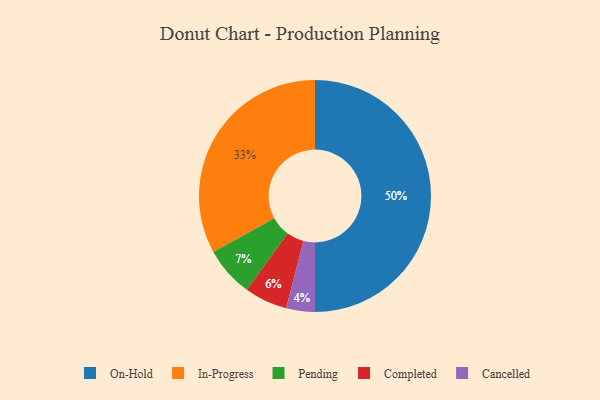
{"axis": {"x": "Category", "y": "Percentage"}, "legend": ["Cancelled", "Completed", "In-Progress", "On-Hold", "Pending"], "data": [{"x": "In-Progress", "y": 33, "type": "In-Progress"}, {"x": "Completed", "y": 6, "type": "Completed"}, {"x": "Cancelled", "y": 4, "type": "Cancelled"}, {"x": "On-Hold", "y": 50, "type": "On-Hold"}, {"x": "Pending", "y": 7, "type": "Pending"}]}